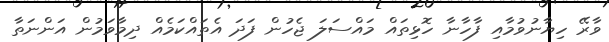
ވާރޭ ހިޔާނުވުމާއި ފާހާނާ ހޮޅިތައް މައްސަލަ ޖެހުން ފަދަ އެތައްކަމެއް ދިމާވަމުން އަންނަތާ